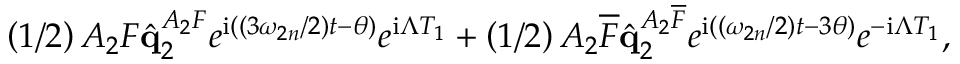
\left( 1 / 2 \right) A _ { 2 } F \hat { \mathbf { q } } _ { 2 } ^ { A _ { 2 } F } e ^ { \mathrm { i } \left( \left( 3 \omega _ { 2 n } / 2 \right) t - \theta \right) } e ^ { \mathrm { i } \Lambda T _ { 1 } } + \left( 1 / 2 \right) A _ { 2 } \overline { { F } } \hat { \mathbf { q } } _ { 2 } ^ { A _ { 2 } \overline { { F } } } e ^ { \mathrm { i } \left( \left( \omega _ { 2 n } / 2 \right) t - 3 \theta \right) } e ^ { - \mathrm { i } \Lambda T _ { 1 } } ,